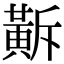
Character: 𪎺